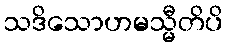
သဒိသောဟမသ္မီတိပိ